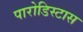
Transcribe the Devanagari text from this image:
पारोडिस्टास